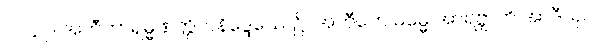
၁၀၄၇။ အတီတာရမ္မဏတ္တိကနိဒ္ဒေသေ၊ ၌။ အတီတေ ဓမ္မေ အာရဗ္ဘာတိ အာဒီသု၊